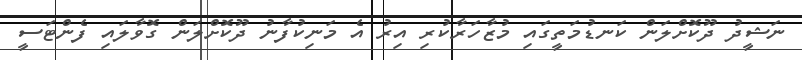
ނަޝީދު ދޫކޮށްލަން ކަނޑުމަތީގައި މުޒާހަރާކުރި އިރު އެ މަނިކުފާނު ދޫކޮށްލަން ގޮވާލައި ފެންޓަސީ